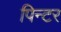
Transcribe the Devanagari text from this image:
पिन्टर